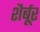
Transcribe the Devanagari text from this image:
शैर्बूर